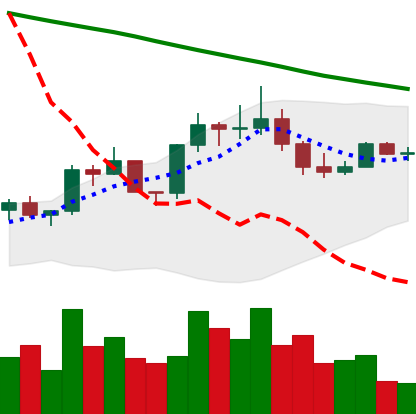
Ticker: EOS-USD
Chart end date: 2022-08-07
Forward return: 7.974%
Label: up_7plus